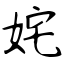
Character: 姹